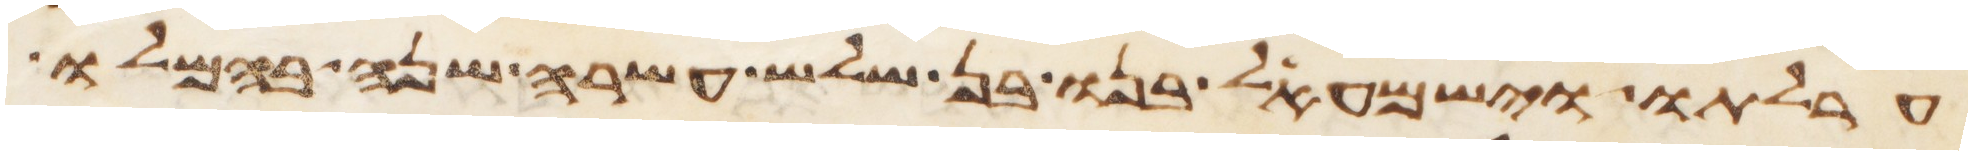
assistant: ערלתו וישמעאל בנו בן שלש עשרה שנה בהמלו